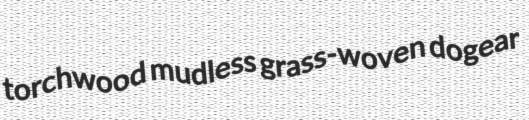
torchwood mudless grass-woven dogear